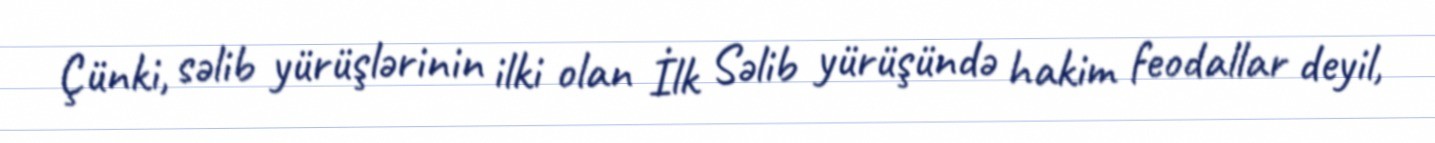
Çünki, səlib yürüşlərinin ilki olan İlk Səlib yürüşündə hakim feodallar deyil,